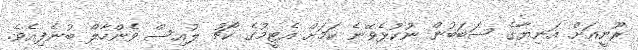
ރޫނީއަށް އަނިޔާގެ ސަބަބުން ނުކުޅެވޭނެ ކަމަށް އެޓީމުގެ ކޯޗު ލުއިސް ވެންހާލް ބުނެފިއެވެ.